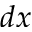
d x